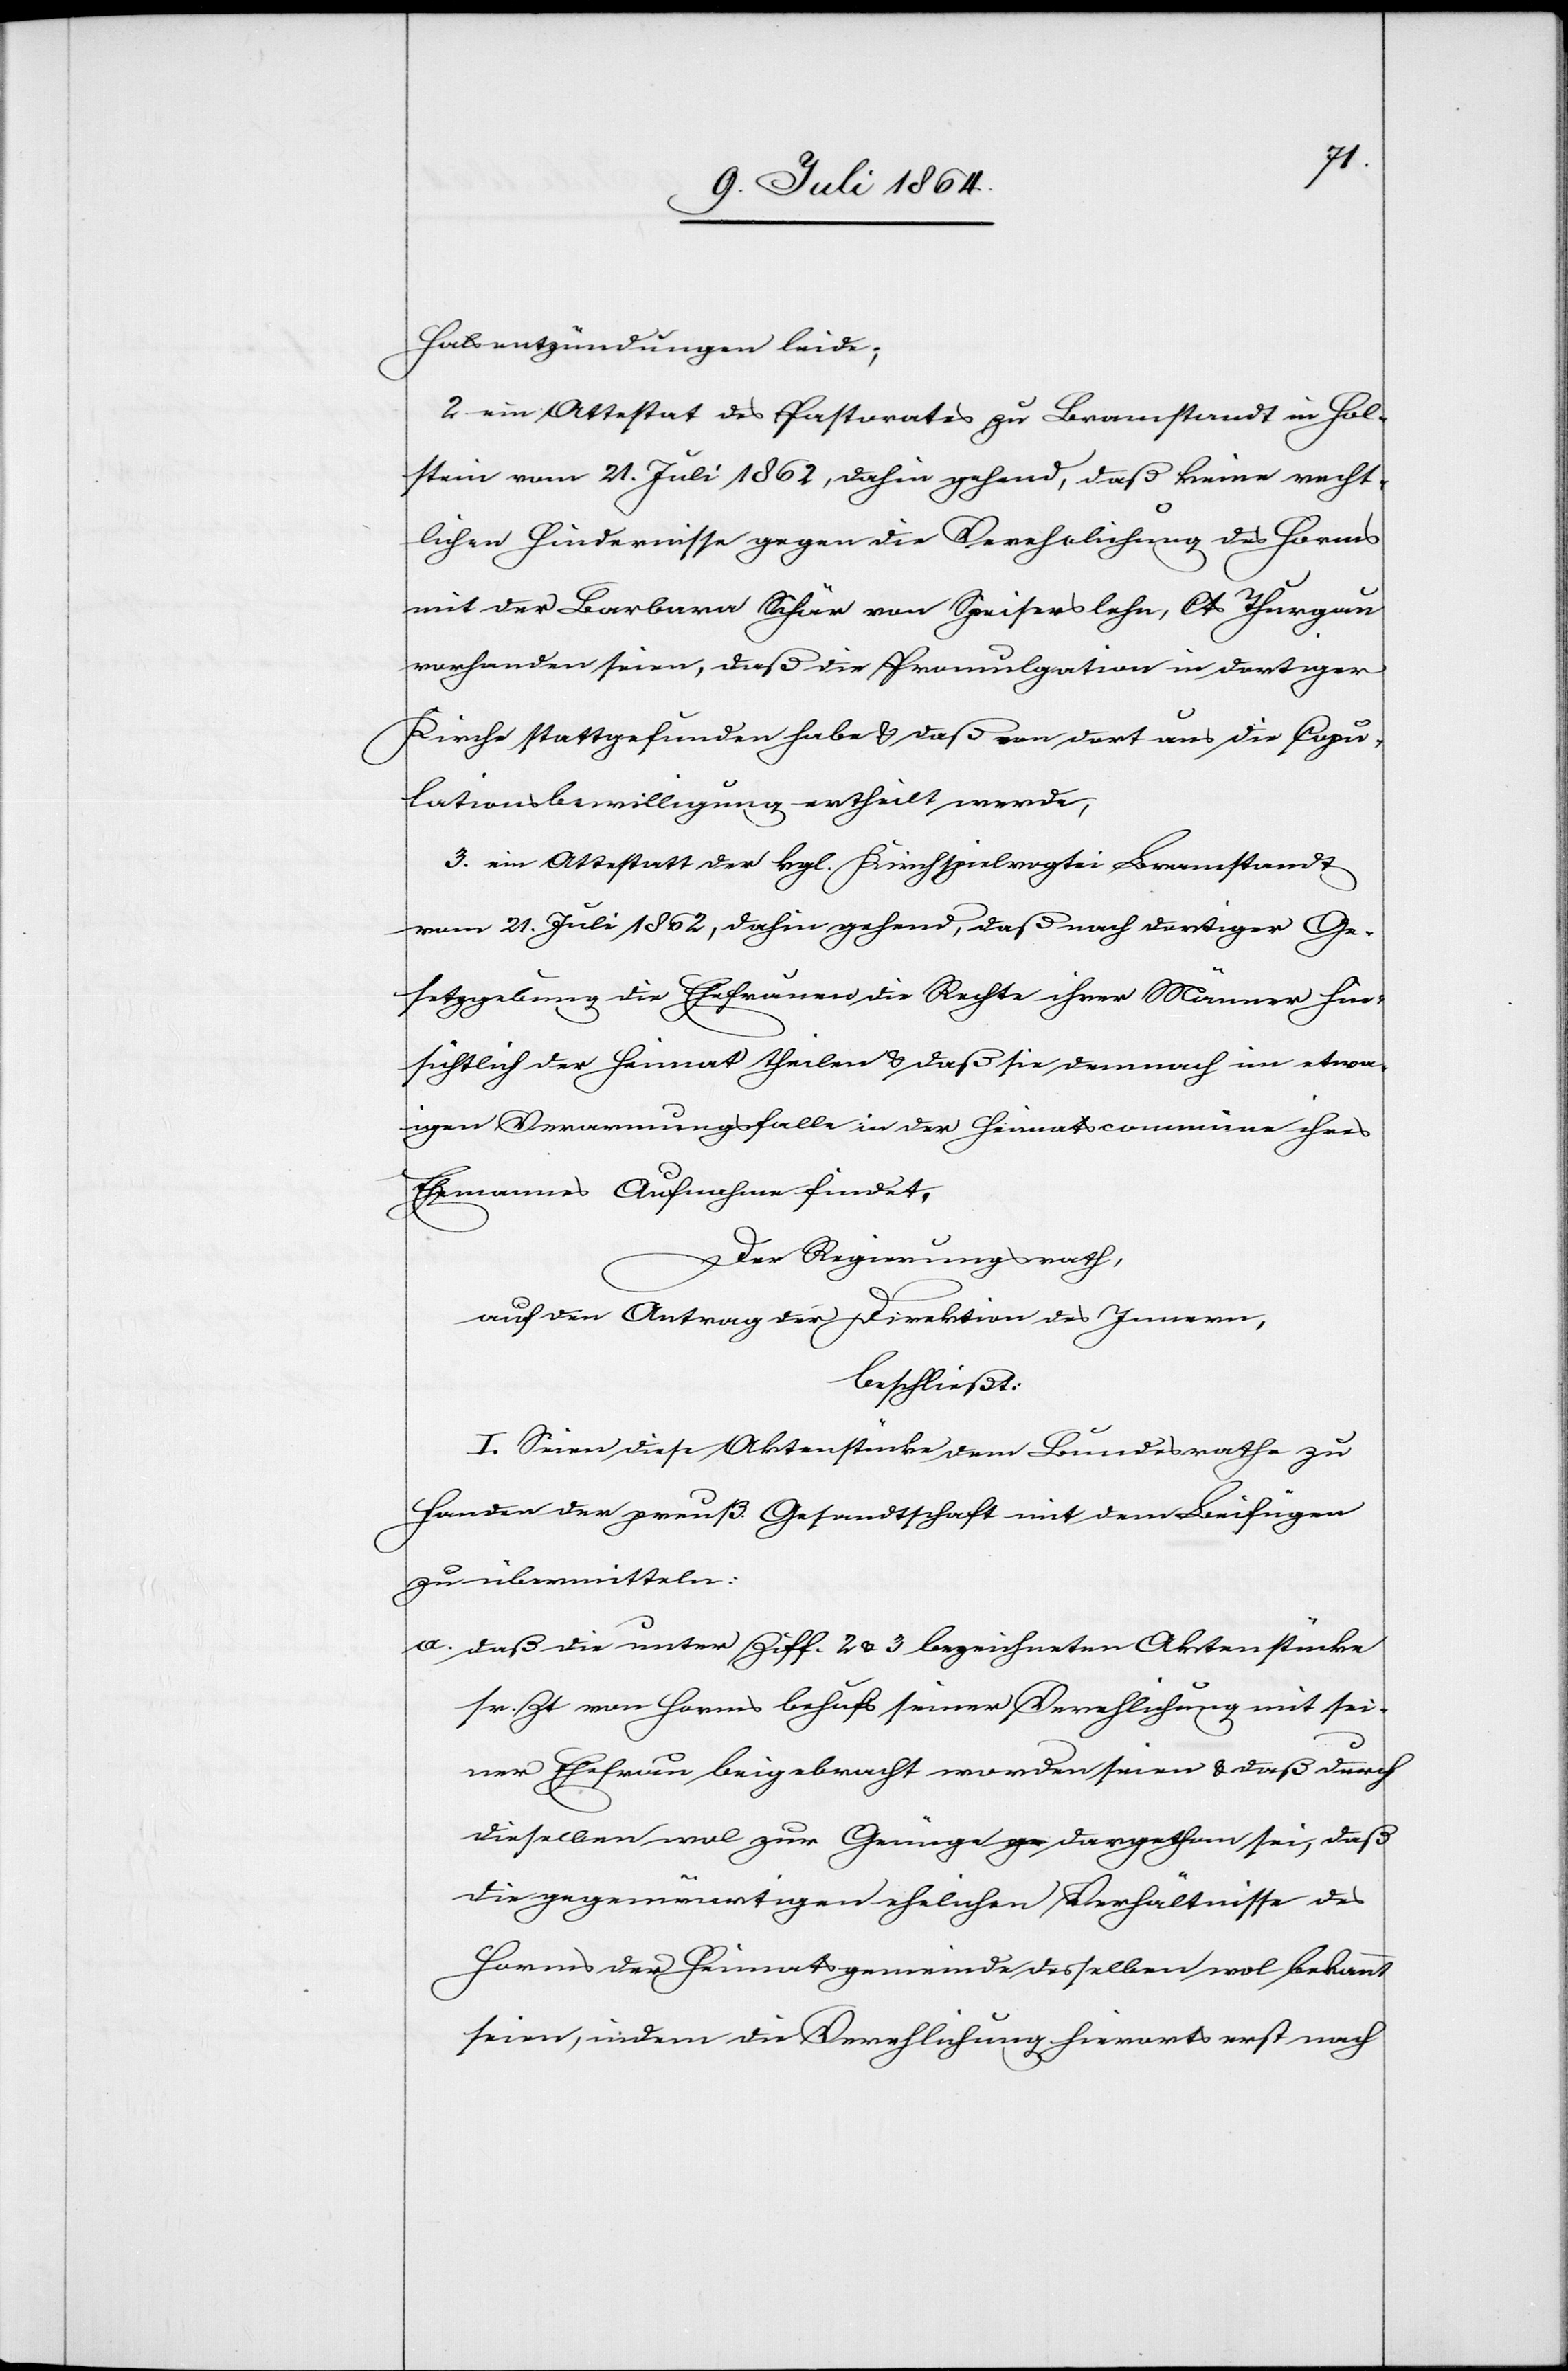
Halsentzündungen leide;
2. eine Attestat des Pastorates zu Bramstandt in Hol¬
stein vom 21. Juli 1862, dahin gehend daß keine recht¬
lichen Hindernisse gegen die Verehelichung des Horms
mit der Barbara Schär von Speiserslehn, Cts Thurgau
vorhanden seien, daß die Promulgation in dortiger
Kirche stattgefunden habe u. daß von dort aus die Copu¬
lationsbewilligung ertheilt werde,
3. ein Attestatt [sic!] der kgl. Kirchspielvogtei Bramstandt
vom 21. Juli 1862, dahin gehend, daß nach dortiger Ge¬
setzgebung die Ehefrauen die Rechte ihrer Männer hin¬
sichtlich der Heimat theilen u. daß sie demnach im etwa¬
igen Verarmungsfalle in der Heimatscommune ihres
Ehemanns Aufnahme findet.
Der Regierungsrath,
auf den Antrag der Direktion des Innern,
beschließt:
I. Seien diese Aktenstücke dem Bundesrathe zu
Handen der preuß. Gesandtschaft mit dem Beifügen
zu übermitteln:
a. daß die unter Ziff. 2 u. 3 bezeichneten Aktenstücke
sr. Zt. von Horms behufs seiner Verehelichung mit sei¬
ner Ehefrau beigebracht worden seien u. daß durch
dieselben wol zur Genüge dargethan sei, daß
die gegenwärtigen ehelichen Verhältnisse des
Horms der Heimatsgemeinde desselben wol bekannt
seien, indem die Verehelichung hierorts erst nach